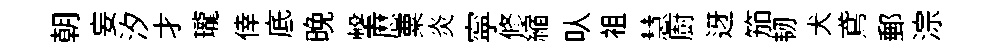
朝妄汐才瓏倖底晩擊厯粟炎寜修縮㕥袓慧廚迓笳韧犬鳶郵淙